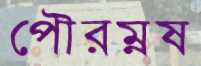
পৌরম্নষ